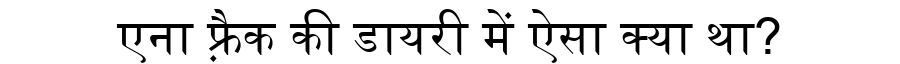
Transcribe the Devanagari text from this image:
एना फ़्रैक की डायरी में ऐसा क्या था?